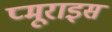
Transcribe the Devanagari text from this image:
प्मूराइस